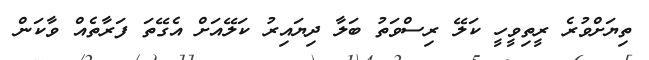
ތިޔަށްވުރެ ރީތިވީހީ ކަލޭ ރިސްވަތު ބަލާ ދިޔައިރު ކަލޭއަށް އެގޭތަ ފަރާތެއް ވާކަން